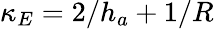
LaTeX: \kappa_{E}=2/h_{a}+1/R